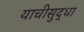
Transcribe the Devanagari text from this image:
याचीसुद्धा